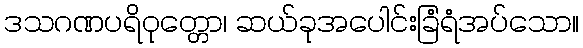
ဒသဂဏပရိဝုတ္တော၊ ဆယ်ခုအပေါင်းခြံရံအပ်သော။